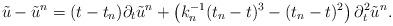
LaTeX: \begin{align*}\tilde{u}-\tilde{u}^n= (t-t_n) \partial_t\tilde{u}^n+\left(k_n^{-1}(t_n-t)^3-(t_n-t)^2\right)\partial_t^2\tilde{u}^n.\end{align*}